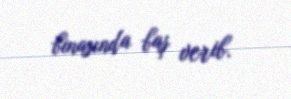
binasında baş verib.